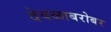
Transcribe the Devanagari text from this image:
देवळाबरोबर